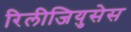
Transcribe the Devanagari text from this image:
रिलीजियुसेस